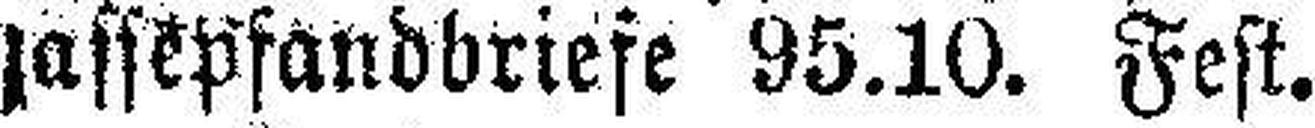
jassepfandbriefe 95.10. Fest.